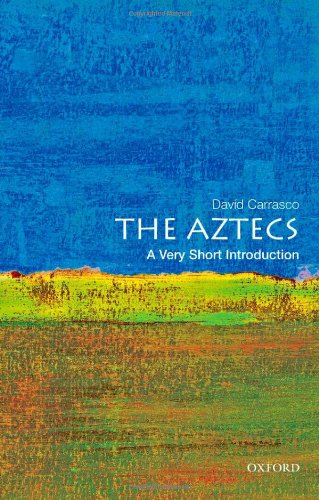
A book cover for The Aztecs: A Very Short Introduction; David Carrasco; History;